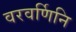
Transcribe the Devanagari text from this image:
वरवर्णिनि